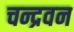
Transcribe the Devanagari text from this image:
चन्द्रवन